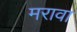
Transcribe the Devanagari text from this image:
मरावा